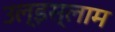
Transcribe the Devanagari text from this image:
उल्‌इस्लाम